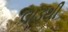
લાડથી